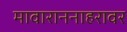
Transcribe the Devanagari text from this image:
मावाराननाहरावर